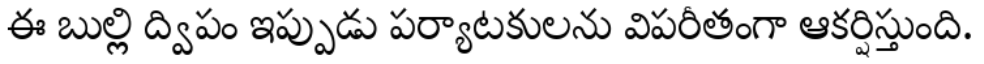
ఈ బుల్లి ద్విపం ఇప్పుడు పర్యాటకులను విపరీతంగా ఆకర్షిస్తుంది.